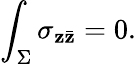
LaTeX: \int_{\Sigma}\sigma_{\mathbf{z}\bar{{\mathbf{z}}}}=0.